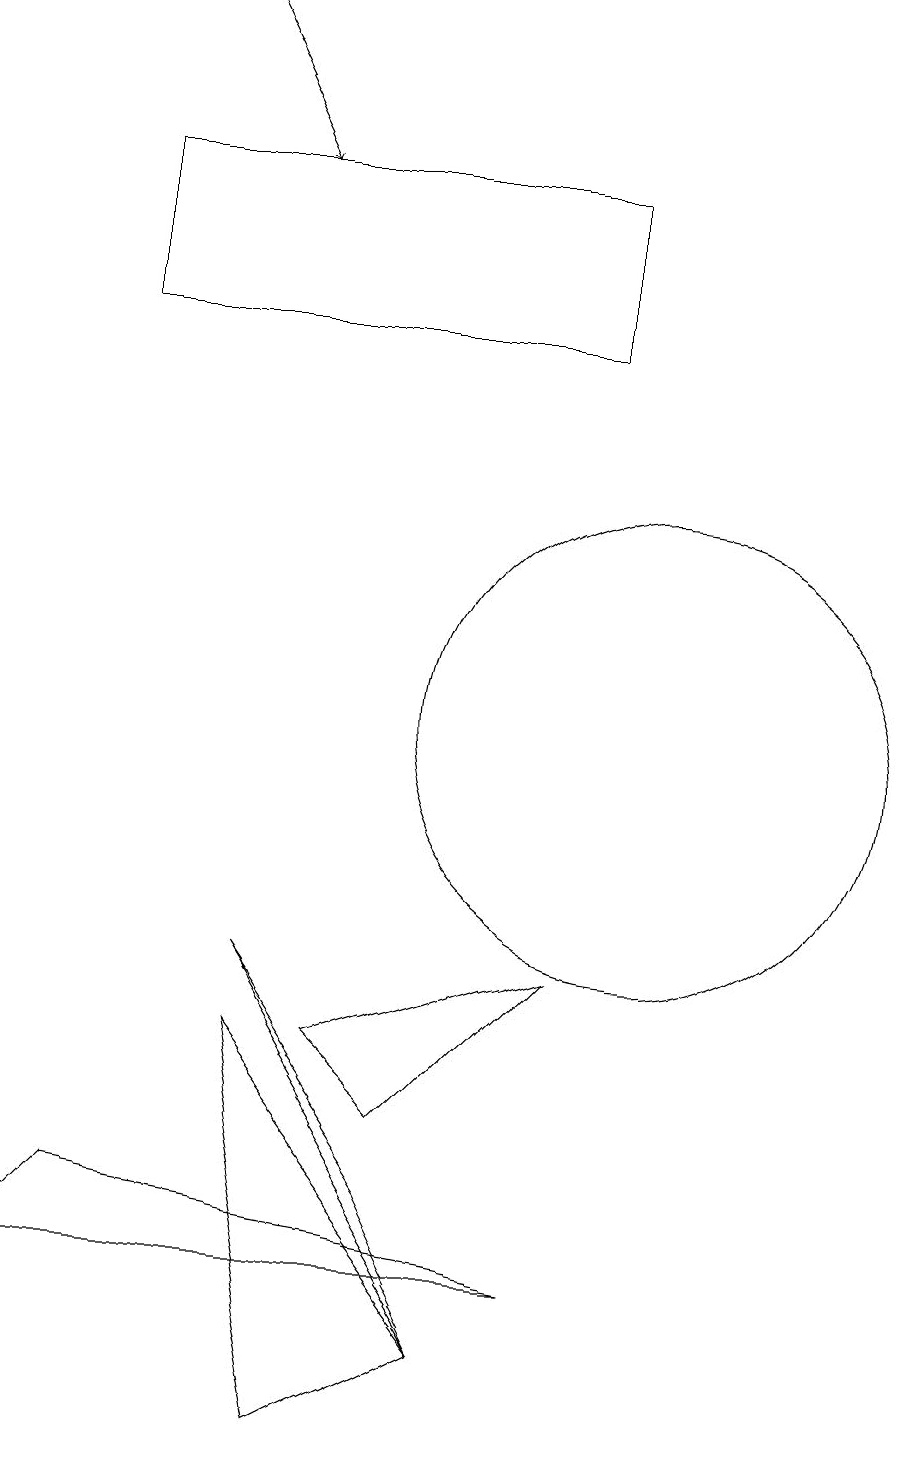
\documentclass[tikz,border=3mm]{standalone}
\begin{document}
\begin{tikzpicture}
\draw[->] (4,19) -- (5,17);
\draw (9,3) -- (2,3) -- (3,4) -- cycle;
\draw (6,6) -- (9,7) -- (7,5) -- cycle;
\draw (9,15) rectangle (3,17);
\draw (10,10) circle (3);
\draw (8,2) -- (5,6) -- (6,1) -- cycle;
\draw (7,4) -- (8,2) -- (5,7) -- cycle;
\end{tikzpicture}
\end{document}